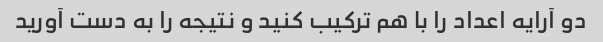
دو آرایه اعداد را با هم ترکیب کنید و نتیجه را به دست آورید